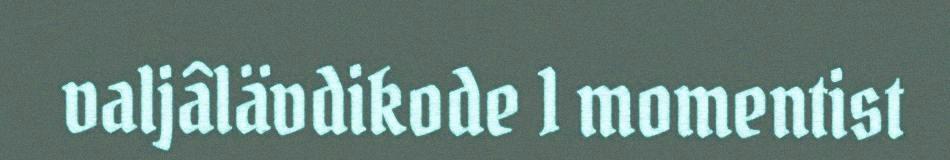
valjâlävdikode 1 momentist